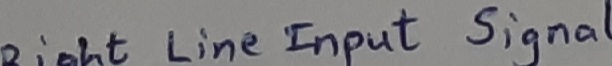
Text: Right line-Input signal